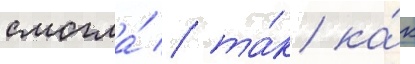
смогла́ / та́к ка́к